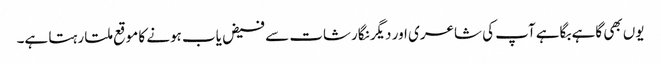
یوں بھی گاہے بگاہے آپ کی شاعری اور دیگر نگارشات سے فیض یاب ہونے کا موقع ملتا رہتا ہے۔